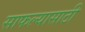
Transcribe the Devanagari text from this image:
साफल्यासाठी